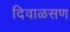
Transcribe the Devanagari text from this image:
दिवाळसण